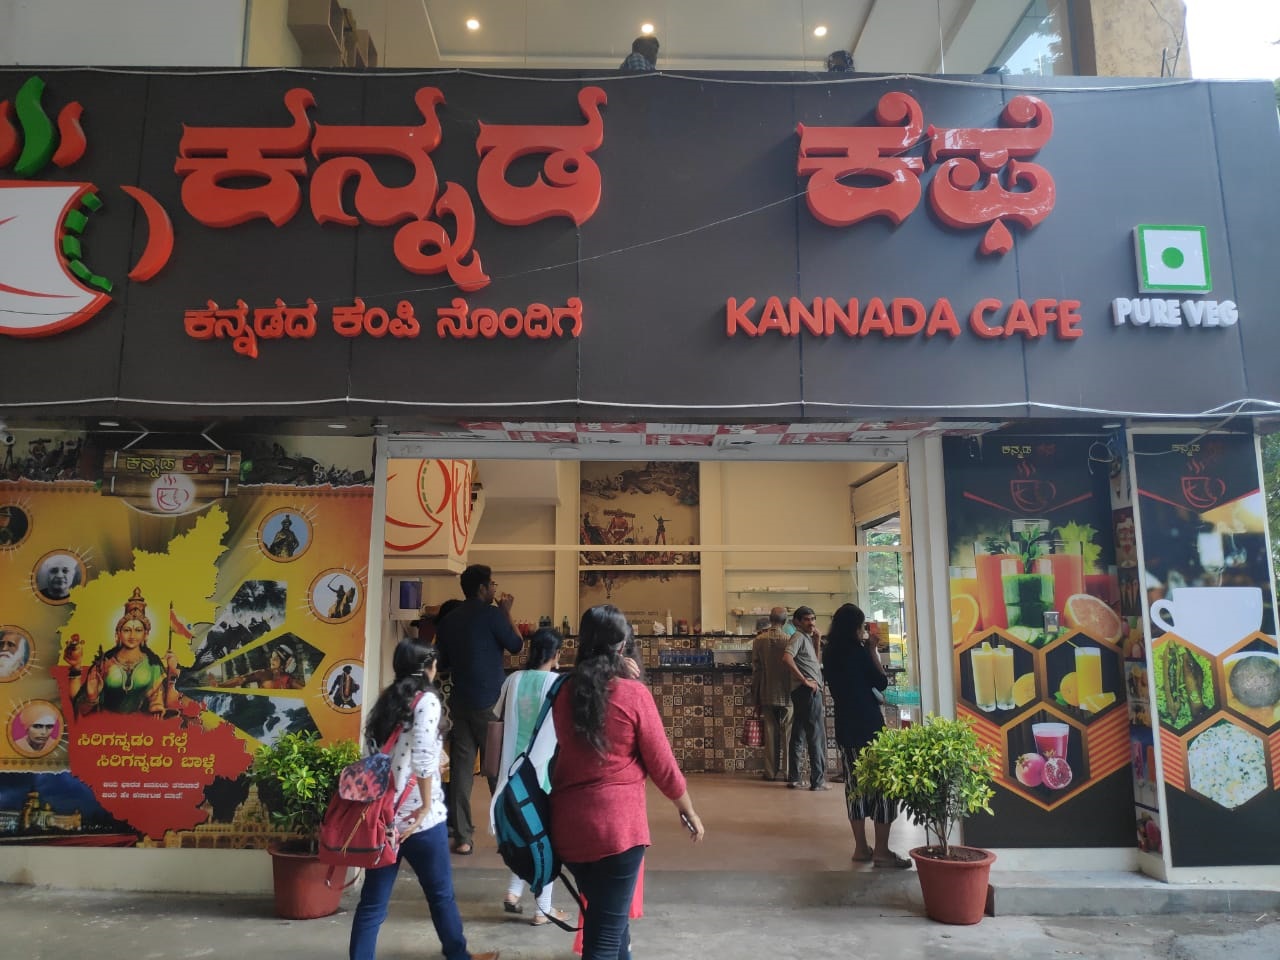
Language: kannada
Transcription: ಕೆಫೆ ಕನ್ನಡ